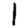
Digit: 1